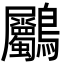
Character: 𪈺